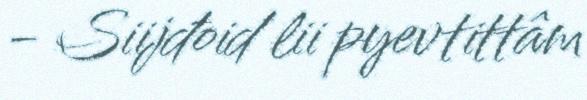
- Siijđoid lii pyevtittâm